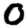
Digit: 0